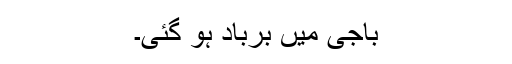
باجی میں برباد ہو گئی۔